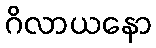
ဂိလာယနော